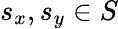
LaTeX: s_{x},s_{y}\in S